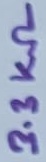
Text: 3.3KΩ